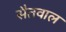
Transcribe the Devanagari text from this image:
सैतवाल